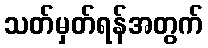
သတ်မှတ်ရန်အတွက်